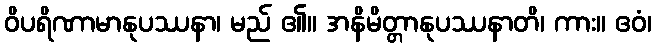
ဝိပရိဏာမာနုပဿနာ၊ မည် ၏။ အနိမိတ္တာနုပဿနာတိ၊ ကား။ ဧဝံ၊